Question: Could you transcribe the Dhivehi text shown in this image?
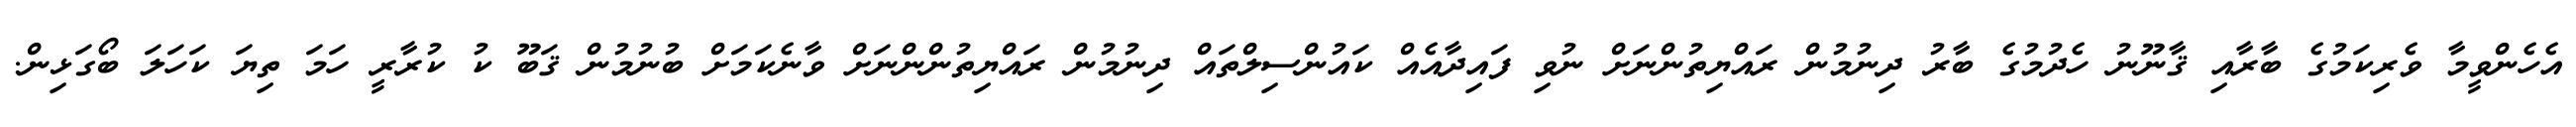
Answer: އެހެންވީމާ ވެރިކަމުގެ ބާރާއި ޤާނޫނު ހެދުމުގެ ބާރު ދިނުމުން ރައްޔިތުންނަށް ނުވި ފައިދާއެއް ކައުންސިލްތައް ދިނުމުން ރައްޔިތުންންނަށް ވާނެކަމަށް ބުނުމުން ޤަބޫ ކު ކުރާރީ ހަމަ ތިޔަ ކަހަލަ ބޯގަޅިން.